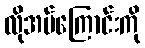
လိုအပ်ကြောင်းကို